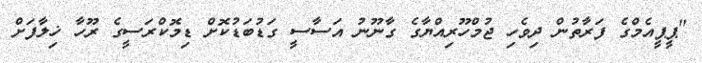
"ޕީޕީއެމްގެ ފަރާތުން ދިވެހި ޖުމްހޫރިއްޔާގެ ގާނޫނު އަސާސީ ގަޑުބަޑުކޮށް ޑިމޮކްރަސީގެ ރޫހާ ޚިލާފަށް